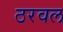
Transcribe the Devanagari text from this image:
ठरवल